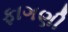
ફાગણી